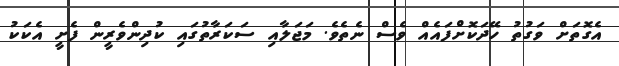
އެގޮތަށް ވަގުތު ހޭދަކޮށްފައެއް ވެސް ނެތެވެ. މަޖަލާއި ސަކަރާތުގައި ކުދިންވެރީން ފެށީ އެކަކު